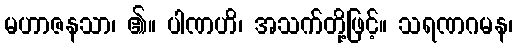
မဟာဇနသာ၊ ၏။ ပါဏဟိ၊ အသက်တို့ဖြင့်။ သရဏဂမန၊